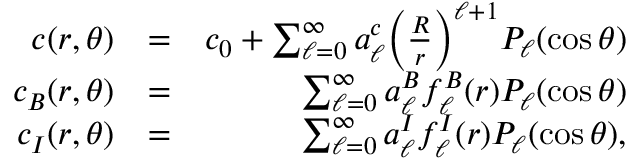
\begin{array} { r l r } { c ( r , \theta ) } & { = } & { c _ { 0 } + \sum _ { \ell = 0 } ^ { \infty } a _ { \ell } ^ { c } \Big ( \frac { R } { r } \Big ) ^ { \ell + 1 } P _ { \ell } ( \cos \theta ) } \\ { c _ { B } ( r , \theta ) } & { = } & { \sum _ { \ell = 0 } ^ { \infty } a _ { \ell } ^ { B } f _ { \ell } ^ { B } ( r ) P _ { \ell } ( \cos \theta ) } \\ { c _ { I } ( r , \theta ) } & { = } & { \sum _ { \ell = 0 } ^ { \infty } a _ { \ell } ^ { I } f _ { \ell } ^ { I } ( r ) P _ { \ell } ( \cos \theta ) , } \end{array}